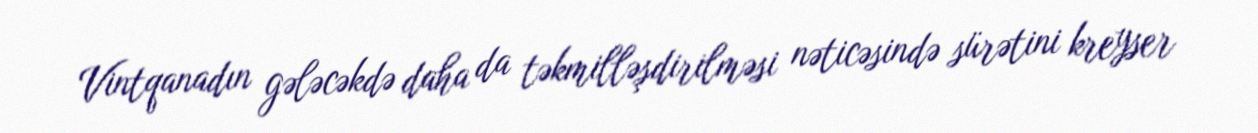
Vintqanadın gələcəkdə daha da təkmilləşdirilməsi nəticəsində sürətini kreyser